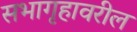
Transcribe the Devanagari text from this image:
सभागृहावरील